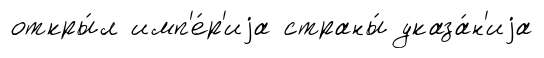
откры́л имп'е́р'иjа страны́ указа́н'иjа